Insane asylums in Bengal annual reports 1867-1875 - 1867-1875
Year: 1867
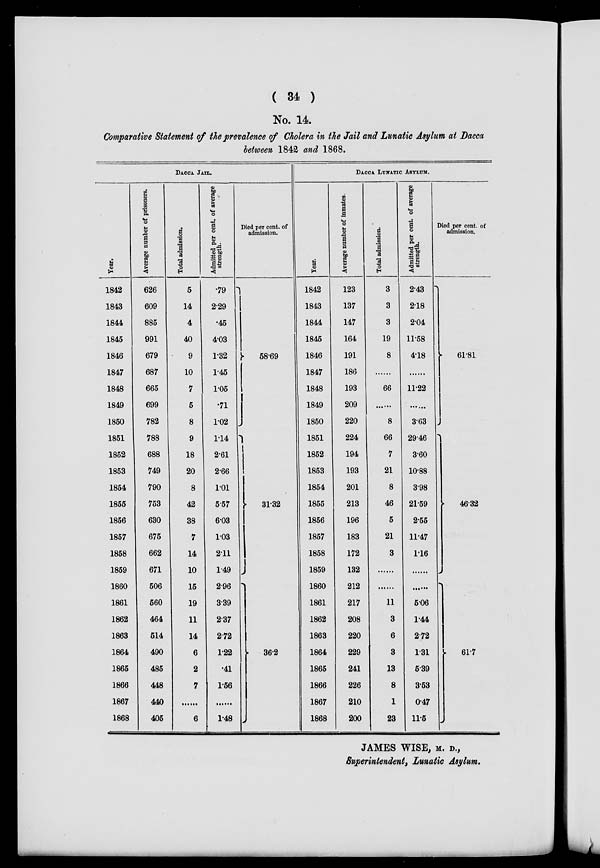
( 34 )
No. 14.
Comparative Statement of the prevalence of Cholera in the Jail and Lunatic Asylum at Dacca
between 1842 and 1868.
DACCA JAIL.
Year.
1842
1843
1844
1845
1846
1847
1848
1849
1850
1851
1852
1853
1854
1855
1856
1857
1858
1859
1860
1861
1862
1863
1864
1865
1866
1867
1868
Average number of prisoners.
626
609
885
991
679
687
665
699
782
788
688
749
790
753
630
675
662
671
506
560
464
514
490
485
448
440
405
Total admission.
5
14
4
40
9
10
7
5
8
9
18
20
8
42
38
7
14
10
15
19
11
14
6
2
7
......
6
Admitted per cent. of average
strength.
.79
2.29
.45
4.03
1.32
1.45
1.05
.71
1.02
1.14
2.61
2.66
1.01
5.57
6.03
1.03
2.11
1.49
2.96
3.39
2.37
2.72
1.22
.41
1.56
......
1.48
Died per cent. of
admission.
58.69
31.32
36.2
DACCA LUNATIC ASYLUM.
Year.
1842
1843
1844
1845
1846
1847
1848
1849
1850
1851
1852
1853
1854
1855
1856
1857
1858
1859
1860
1861
1862
1863
1864
1865
1866
1867
1868
Average number of inmates.
123
137
147
164
191
186
193
209
220
224
194
193
201
213
196
183
172
132
212
217
208
220
229
241
226
210
200
Total admission.
3
3
3
19
8
......
66
......
8
66
7
21
8
46
5
21
3
......
......
11
3
6
3
13
8
1
23
Admitted per cent of average
strength.
2.43
2.18
2.04
11.58
4.18
......
11.22
......
3.63
29.46
3.60
10.88
3.98
21.59
2.55
11.47
1.16
......
......
5.06
1.44
2.72
1.31
5.39
3.53
0.47
11.5
Died per cent. of
admission.
61.81
46.32
61.7
JAMES WISE, M. D.,
Superintendent, Lunatic Asylum.